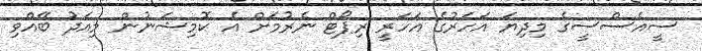
ސީއެސްސީގެ މިދިޔަ އަހަރުގެ އަހަރީ ރިޕޯޓް ނެރުމަށް އެ ކޮމިޝަނުން މިއަދު ބޭއްވި